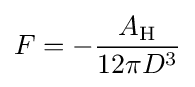
F=-{\frac {A_{\text{H}}}{12\pi D^{3}}}